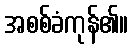
အစစ်ခံကုန်၏။